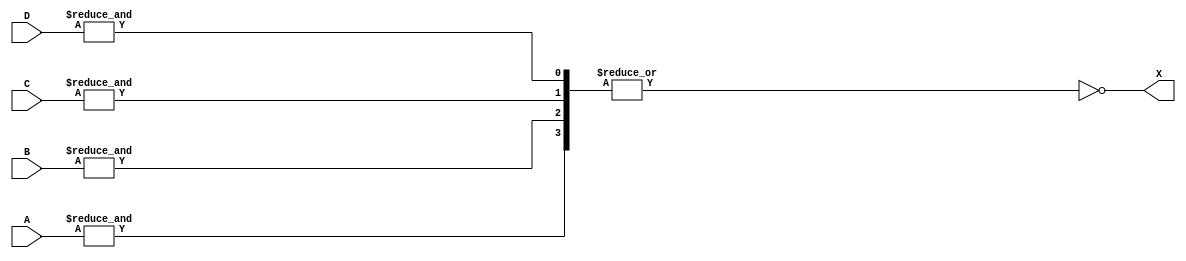
// This program was cloned from: https://github.com/furrtek/Arcade-TMNT_MiSTer
// License: GNU General Public License v2.0

// Fujitsu AV cell
// Power 3-AND 4-wide Multiplexer
// furrtek 2022

`timescale 1ns/100ps

module T34(
	input [2:0] A,
	input [2:0] B,
	input [2:0] C,
	input [2:0] D,
	output X
);

assign X = ~|{&{A}, &{B}, &{C}, &{D}};	// tmax = 3.3ns

endmodule